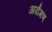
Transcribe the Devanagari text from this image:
अर्यमण